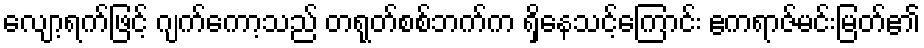
လျော့ရက်ဖြင့် ဂျက်ကော့သည် တရုတ်စစ်ဘက်က ရှိနေသင့်ကြောင်း ဧကရာဇ်မင်းမြတ်၏